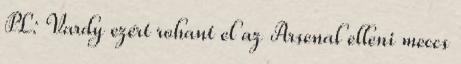
PL: Vardy ezért rohant el az Arsenal elleni meccs